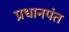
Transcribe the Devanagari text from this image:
प्रधानपंत